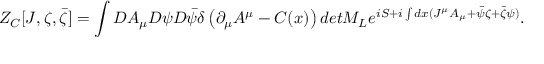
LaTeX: Z _ { C } [ J , \zeta , \bar { \zeta } ] = \int { \cal D } A _ { \mu } { \cal D } \psi { \cal D } \bar { \psi } \delta \left( \partial _ { \mu } A ^ { \mu } - C ( x ) \right) d e t { \cal M } _ { L } e ^ { i S + i \int d x ( J ^ { \mu } A _ { \mu } + \bar { \psi } \zeta + \bar { \zeta } \psi ) } .